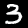
Digit: 3